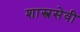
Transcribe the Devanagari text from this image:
शास्त्रसेवी